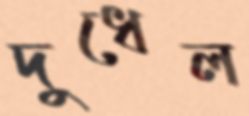
দুধেল